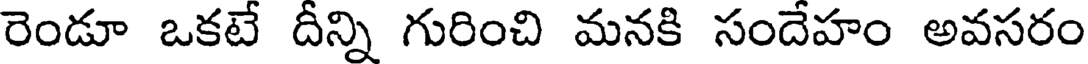
రెండూ ఒకటే దీన్ని గురించి మనకి సందేహం అవసరం